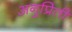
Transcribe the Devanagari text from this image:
अनुप्रिती